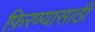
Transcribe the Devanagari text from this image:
फ़िरण्यासाठी